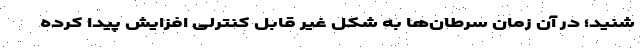
شنید؛ در آن زمان سرطان‌ها به شکل غیر قابل کنترلی افزایش پیدا کرده